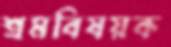
শ্রমবিষয়ক